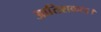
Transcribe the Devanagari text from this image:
आतिशकदा।